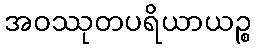
အဝဿုတပရိယာယဉ္စ